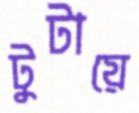
টুটায়ে